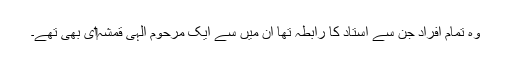
وہ تمام افراد جن سے استاد کا رابطہ تھا ان میں سے ایک مرحوم الہی قمشہ‏ای بھی تھے۔